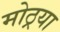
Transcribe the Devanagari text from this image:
मोठ्रया